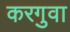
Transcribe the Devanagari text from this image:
करगुवा